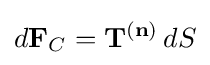
d\mathbf {F} _{C}=\mathbf {T} ^{(\mathbf {n} )}\,dS